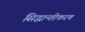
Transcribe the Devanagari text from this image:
सिद्धान्तीकरण